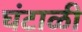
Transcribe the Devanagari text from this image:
घंटाळी